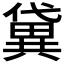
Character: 𫣭